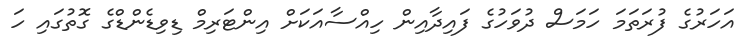
އަހަރުގެ ފުރަތަމަ ހަމަސް ދުވަހުގެ ފައިދާއިން ހިއްސާއަކަށް އިންޓަރިމް ޑިވިޑެންޑްގެ ގޮތުގައި ހަ